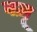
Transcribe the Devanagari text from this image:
वज़ू